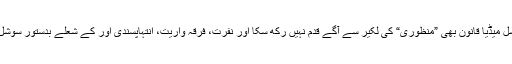
دیگر قوانین کی طرح سوشل میڈیا قانون بھی ”منظوری“ کی لکیر سے آگے قدم نہیں رکھ سکا اور نفرت، فرقہ واریت، انتہاپسندی اور کے شعلے بدستور سوشل میڈیا پر بھڑک رہے ہیں۔